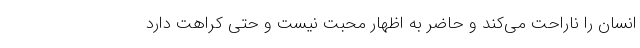
انسان را ناراحت می‌کند و حاضر به اظهار محبت نیست و حتی کراهت دارد